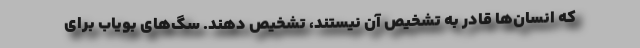
که انسان‌ها قادر به تشخیص آن نیستند، تشخیص دهند. سگ‌های بویاب برای